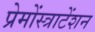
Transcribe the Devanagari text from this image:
प्रेमोंस्त्राटेंशन